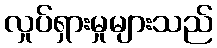
လှုပ်ရှားမှုများသည်